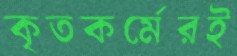
কৃতকর্মেরই